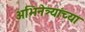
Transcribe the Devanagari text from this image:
अभिनेत्र्यांच्या